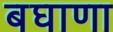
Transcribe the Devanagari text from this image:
बघाणा